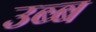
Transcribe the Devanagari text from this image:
उब्ब